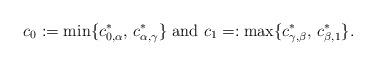
LaTeX: \begin{align*}c_0:=\min\{c^*_{0, \alpha}, \, c^*_{\alpha, \gamma}\} \hbox{ and }c_1=:\max\{c^*_{\gamma, \beta}, \, c^*_{\beta, 1}\}.\end{align*}